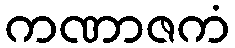
ကဏာဇကံ